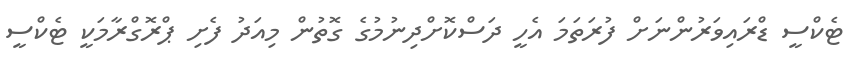
ޓެކްސީ ޑްރައިވަރުންނަށް ފުރަތަމަ އެހީ ދަސްކޮށްދިނުމުގެ ގޮތުން މިއަދު ފެށި ޕްރޮގްރާމަކީ ޓެކްސީ